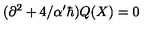
( \partial ^ { 2 } + 4 / \alpha ^ { \prime } \hbar ) Q ( X ) = 0